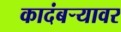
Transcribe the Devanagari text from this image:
कादंबर्‍यावर